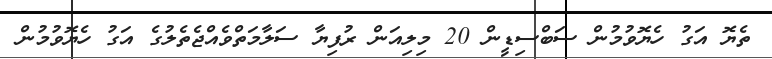
ތެޔޮ އަގު ހެޔޮވުމުން ސަބްސިޑީން 20 މިލިއަން ރުފިޔާ ސަލާމަތްވެއްޖެތެލުގެ އަގު ހެޔޮވުމުން